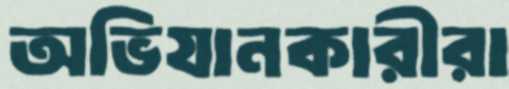
অভিযানকারীরা